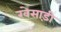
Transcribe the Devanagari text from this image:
खेसाड़ी